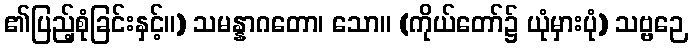
၏ပြည့်စုံခြင်းနှင့်။) သမန္နာဂတော၊ သော။ (ကိုယ်တော်၌ ယုံမှားပုံ) သဗ္ဗဉေ